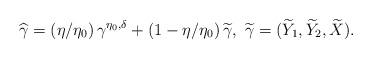
LaTeX: \begin{align*}\widehat{\gamma} = \left( \eta/ \eta_0 \right) \gamma^{\eta_0, \delta} + \left( 1- \eta/ \eta_0 \right) \widetilde{\gamma}, \ \widetilde{\gamma} = (\widetilde{Y}_1, \widetilde{Y}_2, \widetilde{X}).\end{align*}